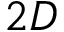
2 D